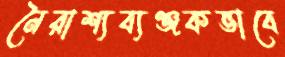
নৈরাশ্যব্যঞ্জকভাবে